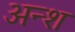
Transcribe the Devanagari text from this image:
अन्श